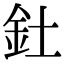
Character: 釷